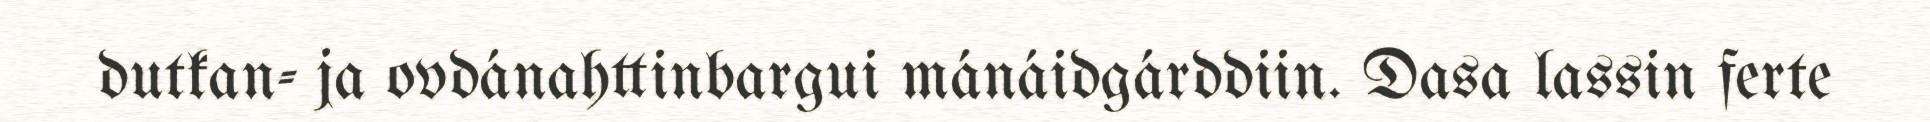
dutkan- ja ovdánahttinbargui mánáidgárddiin. Dasa lassin ferte